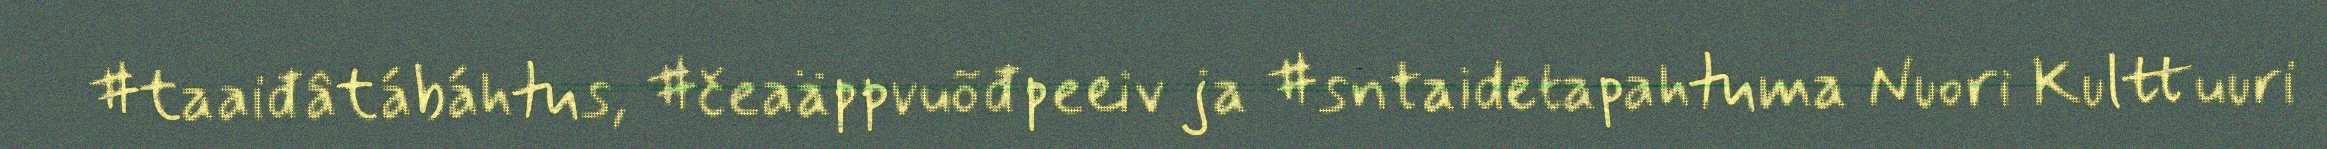
#taaiđâtábáhtus, #čeaäppvuõđpeeiv ja #sntaidetapahtuma Nuori Kulttuuri